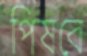
পিষবে